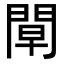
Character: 𨴝